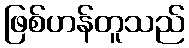
ဖြစ်ဟန်တူသည်